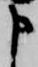
申